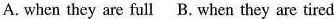
A. when they are full B. when they are tired